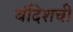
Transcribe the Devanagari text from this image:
बंदिशची